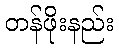
တန်ဖိုးနည်း